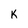
Character: K